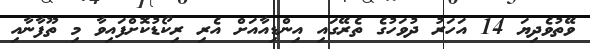
ވޭތުވެދިޔަ 14 އަހަރު ދުވަހުގެ ތެރޭގައި އިންޑިއާއަށް އެރި ރިކޯޑުކޮށްފައިވާ މި ތޫފާނާއި